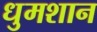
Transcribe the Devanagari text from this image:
धुमशान